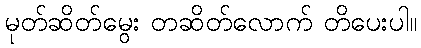
မုတ်ဆိတ်မွေး တဆိတ်လောက် တိပေးပါ။